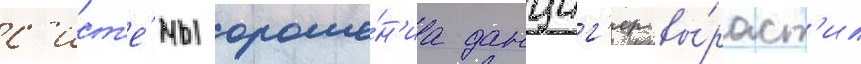
с'ист'е́мы ороше́н'иа данциг'ер вы́раст'ил